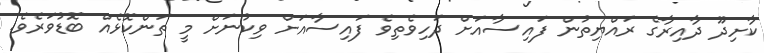
ކާށިދޫ ދާއިރާގެ ރައްޔިތުން ފައިސާއަށް ދަހިވެތިވެ ފައިސާއަށް ވިކުނަށް މީ ތަންކޮޅެއް ބޮޑުވަރެވެ.